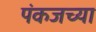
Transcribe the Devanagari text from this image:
पंकजच्या